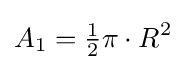
A_{1}={\tfrac {1}{2}}\pi \cdot R^{2}